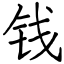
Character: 钱